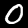
Digit: 0